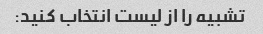
تشبیه را از لیست انتخاب کنید: